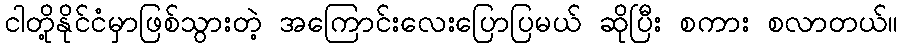
ငါတို့နိုင်ငံမှာဖြစ်သွားတဲ့ အကြောင်းလေးပြောပြမယ် ဆိုပြီး စကား စလာတယ်။